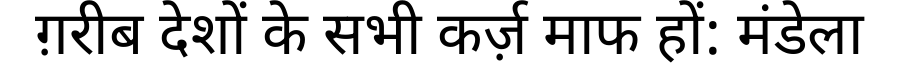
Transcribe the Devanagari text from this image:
ग़रीब देशों के सभी कर्ज़ माफ हों: मंडेला